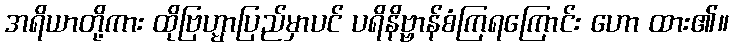
အရိယာတို့ကား ထိုဗြဟ္မာပြည်မှာပင် ပရိနိဗ္ဗာန်စံကြရကြောင်း ဟော ထား၏။